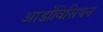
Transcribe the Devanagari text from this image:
आर्डोविसियन